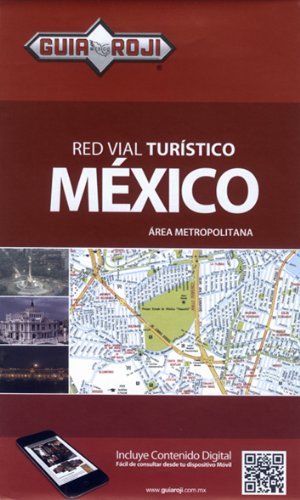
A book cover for Mexico City Metropolitan - Red Vial Turistico Mexico : Area Metropolotana (English and Spanish Edition); Guia Roji; Travel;